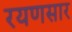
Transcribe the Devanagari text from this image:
रयणसार